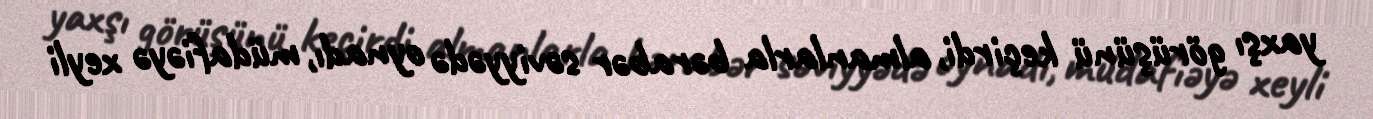
yaxşı görüşünü keçirdi, almanlarla bərabər səviyyədə oynadı, müdafiəyə xeyli